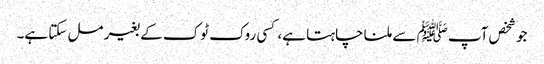
جو شخص آپ ﷺ سے ملنا چاہتا ہے، کسی روک ٹوک کے بغیر مل سکتا ہے۔